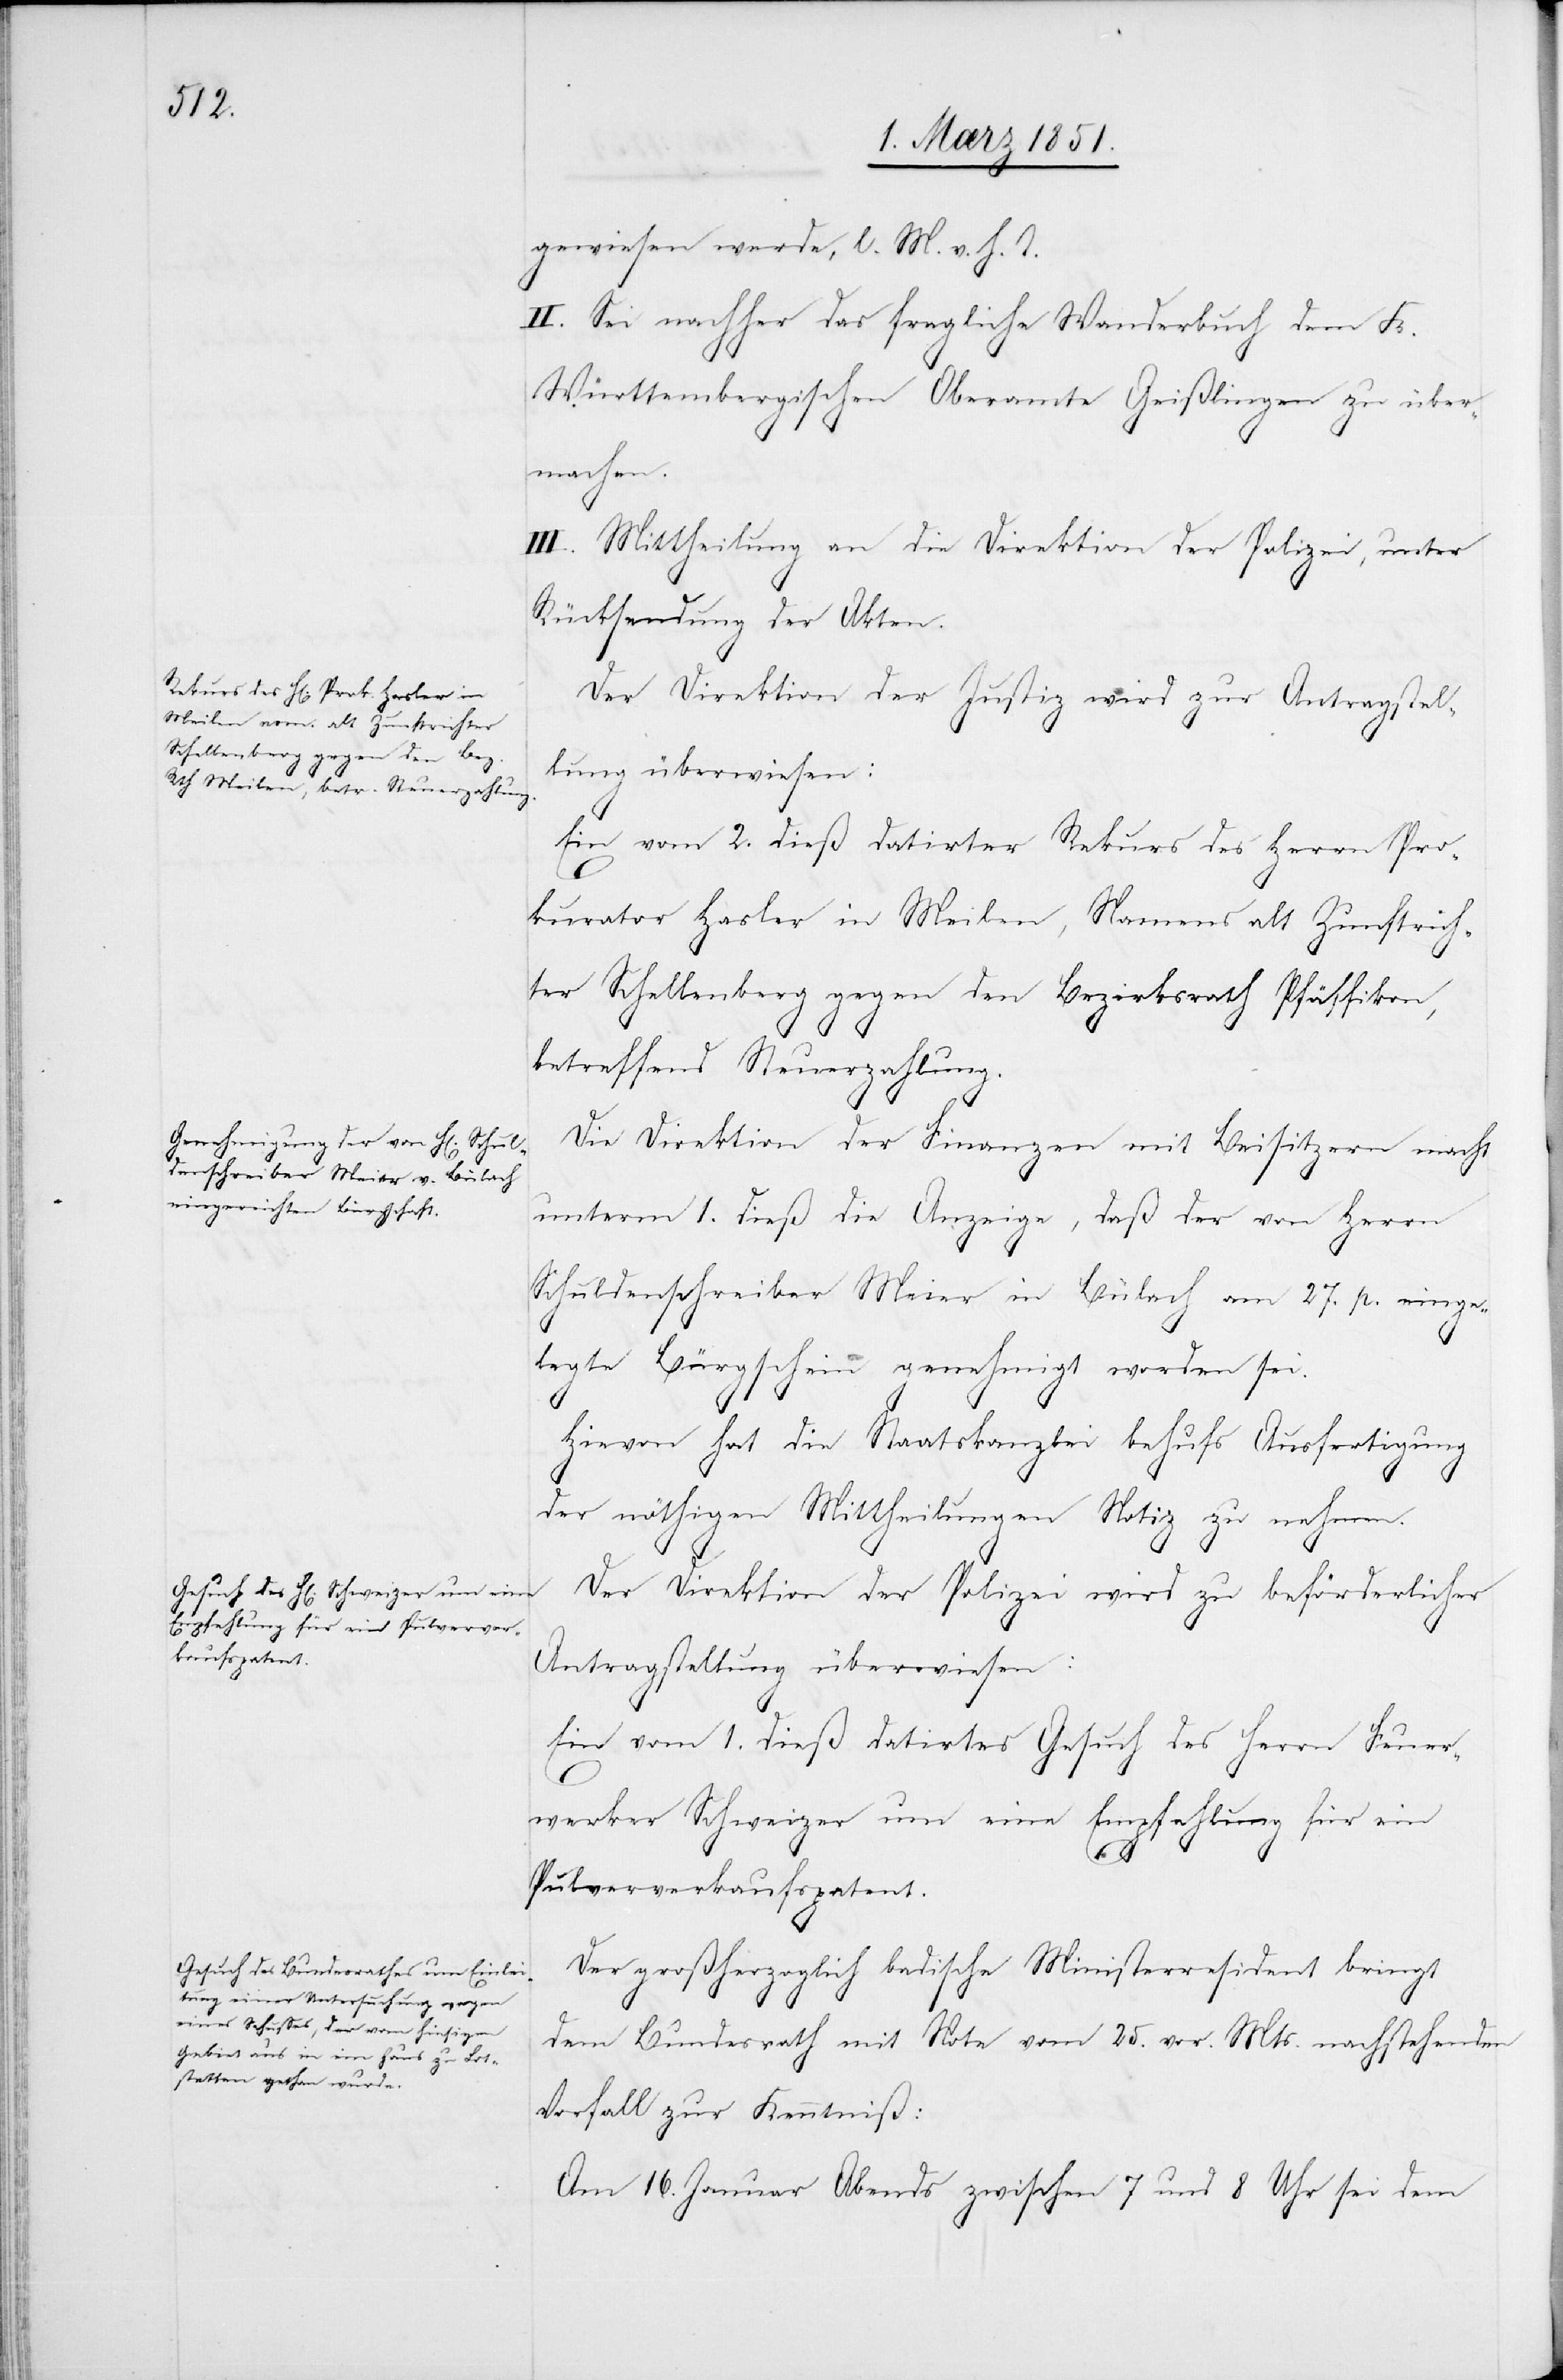
gewiesen werde, l. M. v. h. T.
II. Sei nachher das fragliche Wanderbuch dem K.
Württembergischen Oberamte Geißlingen zu über¬
machen.
III. Mittheilung an die Direktion der Polizei, unter
Rücksendung der Akten.
Der Direktion der Justiz wird zur Antragstel¬
lung überwiesen:
Ein vom 2. dieß datirter Rekurs des Herrn Pro¬
kurator Hasler in Meilen, Namens alt Zunftrich¬
ter Schellenberg gegen den Bezirksrath Pfäffikon
betreffend Steuerzahlung.
Die Direktion der Finanzen mit Beisitzern macht
unterm 1. dieß die Anzeige, daß der von Herrn
Schuldenschreiber Meier in Bülach am 27. p. einge¬
legte Bürgschein genehmigt worden sei.
Hievon hat die Staatskanzlei behufs Ausfertigung
der nöthigen Mittheilungen Notiz zu nehmen.
Der Direktion der Polizei wird zu beförderlicher
Antragstellung überwiesen:
Ein vom 1. dieß datirtes Gesuch des Herrn Feuer¬
werker Schweizer um eine Empfehlung für ein
3.
Pulververkaufspatent.
Der großherzoglich badische Ministerresident bringt
dem Bundesrath mit Note vom 25. vor. Mts. nachstehenden
Vorfall zur Kenntniß:
Am 16. Januar Abends zwischen 7 und 8 Uhr sei dem